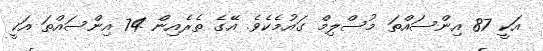
އަކީ 87 އިންސައްތަ މުސްލިމް ގައުމެކެވެ. އޭގެ ތެރެއިން 74 އިންސައްތަ އަކީ